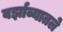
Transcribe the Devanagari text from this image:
वर्झाव्यातले